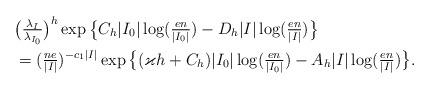
LaTeX: \begin{align*}&\big(\tfrac{\lambda_{I}}{\lambda_{I_0}}\big)^{h}\exp\big\{C_{h}|I_0| \log(\tfrac{en}{|I_0|})-D_{h}|I| \log(\tfrac{en}{|I|})\big\} \\&=(\tfrac{ne}{|I|})^{-c_1 |I|} \exp\big\{(\varkappa h +C_h)|I_0|\log(\tfrac{en}{|I_0|}) - A_h|I| \log(\tfrac{en}{|I|})\big\}.\end{align*}